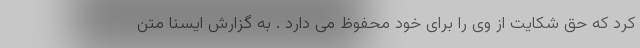
کرد که حق شکایت از وی را برای خود محفوظ می دارد . به گزارش ایسنا متن